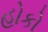
હોકો